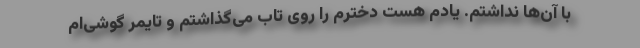
با آن‌ها نداشتم. یادم هست دخترم را روی تاب می‌گذاشتم و تایمر گوشی‌ام